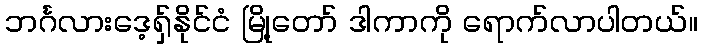
ဘင်္ဂလားဒေ့ရှ်နိုင်ငံ မြို့တော် ဒါကာကို ရောက်လာပါတယ်။